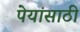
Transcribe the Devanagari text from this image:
पेयांसाठी